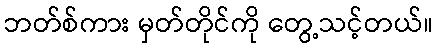
ဘတ်စ်ကား မှတ်တိုင်ကို တွေ့သင့်တယ်။